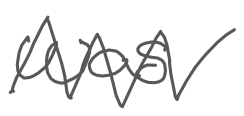
Text: was
Cross-out: zig-zag
Writing tool: digital_gray